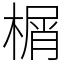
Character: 榍